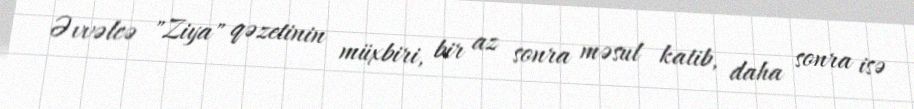
Əvvəlcə "Ziya" qəzetinin müxbiri, bir az sonra məsul katib, daha sonra isə